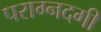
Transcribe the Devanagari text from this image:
पराग्नदगी